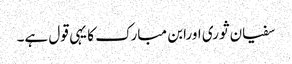
سفیان ثوری اورابن مبارک کا یہی قول ہے۔